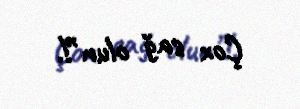
Çox sağ olun”!.